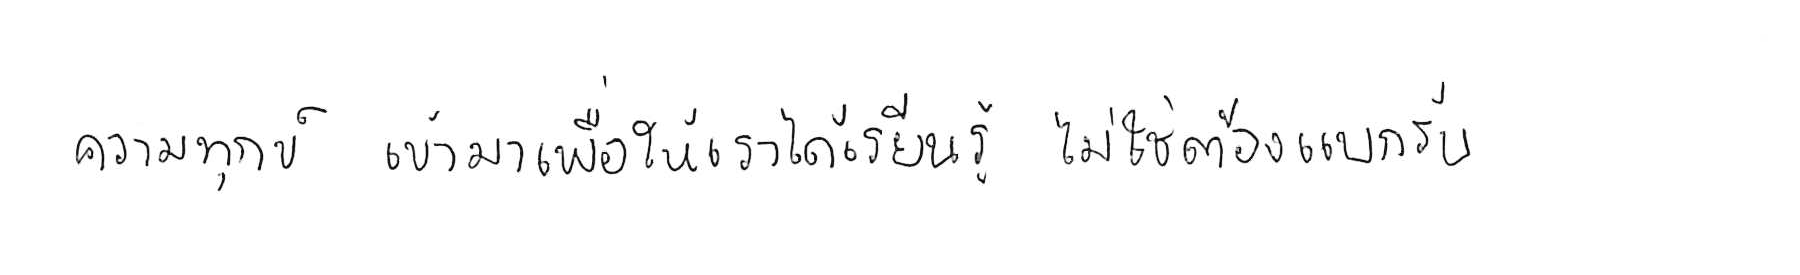
ความทุกข์ เข้ามาเพื่อให้เราได้ เรียนรู้ ไม่ใช่ต้อง แบกรับ